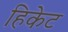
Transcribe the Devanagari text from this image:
हिकेट